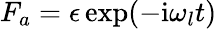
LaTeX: F_{a}=\epsilon\exp(-\mathrm{i}\omega_{l}t)